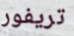
تريفور